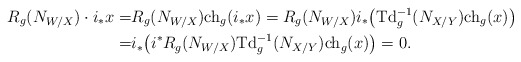
\begin{align*}R_g(N_{W/X})\cdot i_*x=&R_g(N_{W/X}){\rm ch}_g(i_*x)=R_g(N_{W/X})i_*\big({\rm Td}_g^{-1}(N_{X/Y}){\rm ch}_g(x)\big)\\=&i_*\big(i^*R_g(N_{W/X}){\rm Td}_g^{-1}(N_{X/Y}){\rm ch}_g(x)\big)=0.\end{align*}